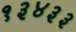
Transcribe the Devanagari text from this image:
१३४३३